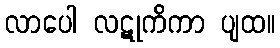
လာပေါ လဋုကိကာ ပျထ။